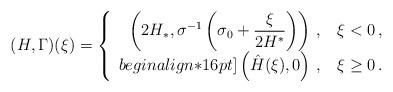
LaTeX: \begin{align*}(H,\Gamma)(\xi) =\left\{\begin{array}{rcl}\left(2H_*,\sigma^{-1}\left(\sigma_0 + \dfrac{\xi}{2H^*}\right) \right)\,, & \, \xi <0\,,\\begin{align*}16pt]\left(\hat H(\xi), 0 \right)\,, & \, \xi \geq0\,.\end{array}\right. \end{align*}